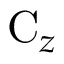
\mathrm { C } _ { z }